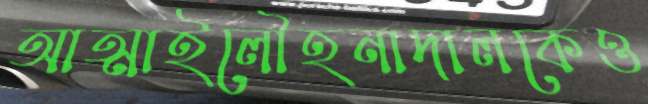
আত্মাইলৌহনাদালকেও